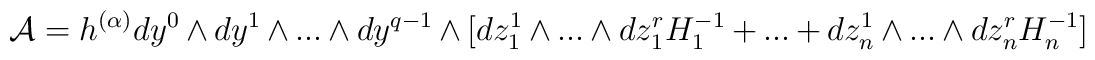
{\cal A} =h^{(\alpha)}dy^{0}\wedge dy^{1}\wedge ...\wedge dy^{q-1}\wedge[dz^{1}_{1}\wedge ...\wedge dz^{r}_{1}H^{-1}_{1}+...+dz^{1}_{n}\wedge ...\wedge dz^{r}_{n}H^{-1}_{n}]